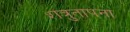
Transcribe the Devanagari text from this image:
शत्रुतापना